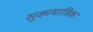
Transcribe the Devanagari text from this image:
सूक्ष्ममात्रिक